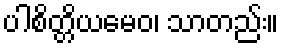
ပါစိတ္တိယမေဝ၊ သာတည်း။